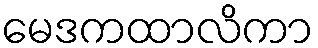
မေဒကထာလိကာ